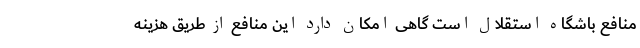
منافع باشگاه استقلال است گاهی امکان دارد این منافع از طریق هزینه